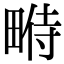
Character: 𤲔